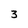
Character: 3